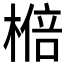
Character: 𱤆